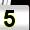
Digit: 5